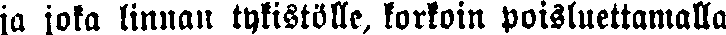
ja joka linnan tykistölle, korkoin poisluettamalla